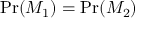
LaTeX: \operatorname* { P r } ( M _ { 1 } ) = \operatorname* { P r } ( M _ { 2 } )